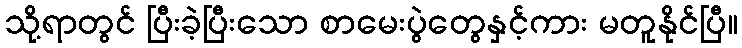
သို့ရာတွင် ပြီးခဲ့ပြီးသော စာမေးပွဲတွေနှင့်ကား မတူနိုင်ပြီ။